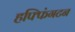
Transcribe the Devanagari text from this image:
हफ्फिंगटन